画像に写った文字を読んでください
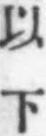
「以下」と書いてあります